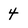
Character: 4